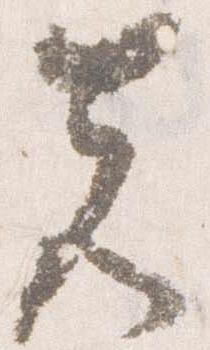
先